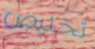
تخليص